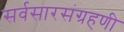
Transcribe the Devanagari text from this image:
सर्वसारसंग्रहणी